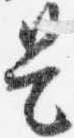
是